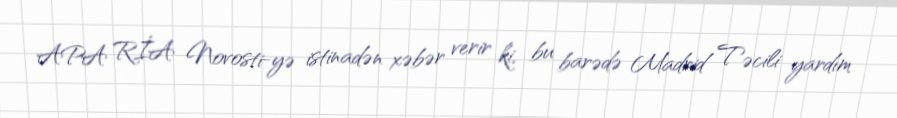
APA RİA Novosti-yə istinadən xəbər verir ki, bu barədə Madrid Təcili yardım